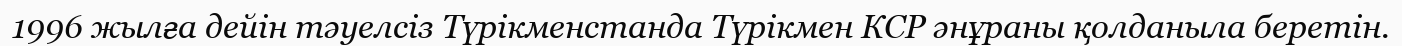
1996 жылға дейін тәуелсіз Түрікменстанда Түрікмен КСР әнұраны қолданыла беретін.